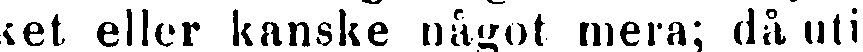
ket eller kanske något mera; då uti